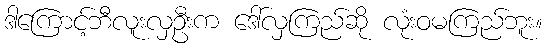
ဒါကြောင့်ဘီလူးလှဦးက ဒေါ်လှကြည်ဆို လုံးဝမကြည်ဘူး။